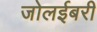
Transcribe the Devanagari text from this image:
जोलईबरी